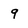
Character: 9